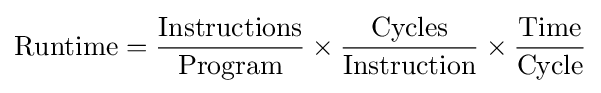
\mathrm {Runtime} ={\frac {\mathrm {Instructions} }{\mathrm {Program} }}\times {\frac {\mathrm {Cycles} }{\mathrm {Instruction} }}\times {\frac {\mathrm {Time} }{\mathrm {Cycle} }}